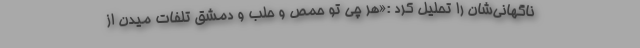
ناگهانی‌شان را تحلیل کرد :«هر چی تو حمص و حلب و دمشق تلفات میدن از